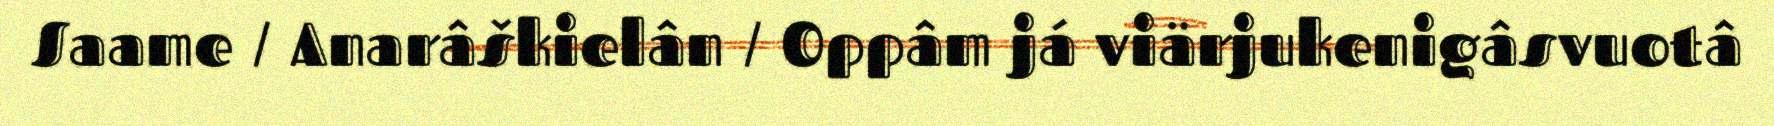
Saame / Anarâškielân / Oppâm já viärjukenigâsvuotâ